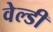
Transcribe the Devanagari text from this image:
वेल्डी